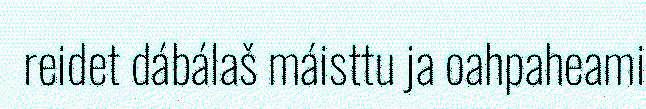
reidet dábálaš máisttu ja oahpaheami